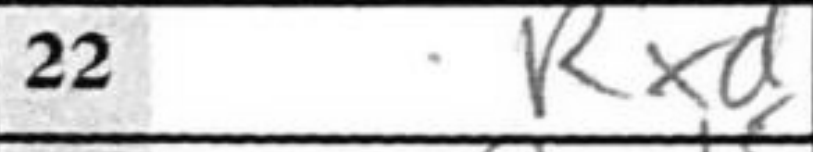
Transcription: Rxd5